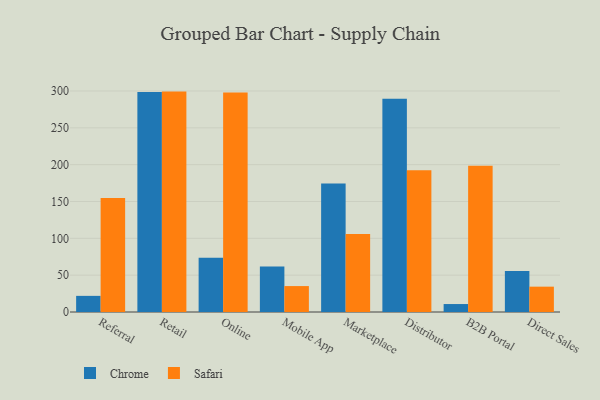
{"axis": {"x": "Channel", "y": "Headcount"}, "legend": ["Chrome", "Safari"], "data": [{"x": "Referral", "y": 21.9, "type": "Chrome"}, {"x": "Referral", "y": 154.6, "type": "Safari"}, {"x": "Retail", "y": 298.5, "type": "Chrome"}, {"x": "Retail", "y": 299.2, "type": "Safari"}, {"x": "Online", "y": 73.7, "type": "Chrome"}, {"x": "Online", "y": 298.1, "type": "Safari"}, {"x": "Mobile App", "y": 61.7, "type": "Chrome"}, {"x": "Mobile App", "y": 35.2, "type": "Safari"}, {"x": "Marketplace", "y": 174.4, "type": "Chrome"}, {"x": "Marketplace", "y": 105.8, "type": "Safari"}, {"x": "Distributor", "y": 289.4, "type": "Chrome"}, {"x": "Distributor", "y": 192.4, "type": "Safari"}, {"x": "B2B Portal", "y": 10.8, "type": "Chrome"}, {"x": "B2B Portal", "y": 198.7, "type": "Safari"}, {"x": "Direct Sales", "y": 55.5, "type": "Chrome"}, {"x": "Direct Sales", "y": 34.4, "type": "Safari"}]}